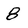
Character: 8